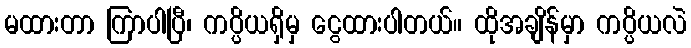
မထားတာ ကြာပါပြီ၊ ကပ္ပိယရှိမှ ငွေထားပါတယ်။ ထိုအချိန်မှာ ကပ္ပိယလဲ